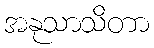
အနုသာသိတာ